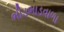
ભીડભાડવાળા